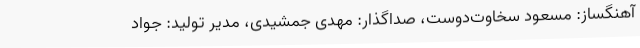
آهنگساز: مسعود سخاوت‌دوست، صداگذار: مهدی جمشیدی، مدیر تولید: جواد